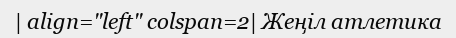
| align="left" colspan=2| Жеңіл атлетика